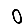
Digit: 0